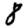
Digit: 8